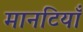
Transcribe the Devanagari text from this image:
मानटियाँ